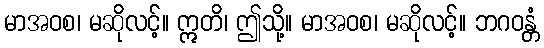
မာအဝစ၊ မဆိုလင့်။ ဣတိ၊ ဤသို့။ မာအဝစ၊ မဆိုလင့်။ ဘဂဝန္တံ